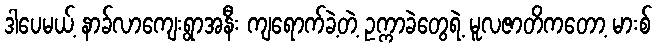
ဒါပေမယ့် နာခ်လာကျေးရွာအနီး ကျရောက်ခဲ့တဲ့ ဥက္ကာခဲတွေရဲ့ မူလဇာတိကတော့ မားစ်